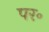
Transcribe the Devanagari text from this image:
पर॰